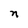
Character: n